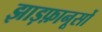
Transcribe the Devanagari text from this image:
झाड़फ़ानूसों